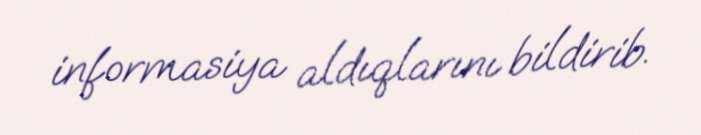
informasiya aldıqlarını bildirib.